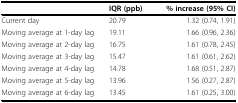
|  | IQR (ppb) | % increase (95% CI) |
 | --- | --- | --- |
 | Current day | 20.79 | 1.32 (0.74, 1.91) |
 | Moving average at 1-day lag | 19.11 | 1.66 (0.96, 2.36) |
 | Moving average at 2-day lag | 16.75 | 1.61 (0.78, 2.45) |
 | Moving average at 3-day lag | 15.47 | 1.61 (0.61, 2.62) |
 | Moving average at 4-day lag | 14.78 | 1.68 (0.51, 2.87) |
 | Moving average at 5-day lag | 13.96 | 1.56 (0.27, 2.87) |
 | Moving average at 6-day lag | 13.45 | 1.61 (0.25, 3.00) |